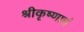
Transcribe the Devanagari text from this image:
श्रीकृष्णाचं